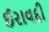
ઈરાવદી